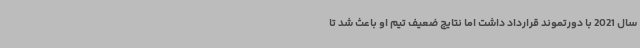
سال 2021 با دورتموند قرارداد داشت اما نتایج ضعیف تیم او باعث شد تا